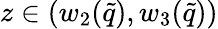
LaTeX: z\in(w_{2}(\tilde{q}),w_{3}(\tilde{q}))